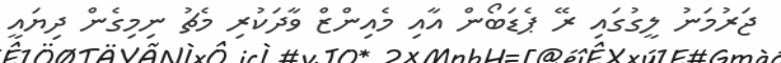
ޖަރުމަނު ލީގުގައި ރޭ ޕެޑަބޯން އާއި މެއިންޒް ވާދަކުރި މެޗު ނިމިގެން ދިޔައީ